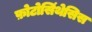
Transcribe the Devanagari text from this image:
फ़ोटोसिंथेसिस